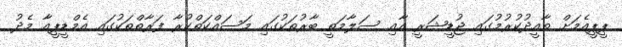
ޕީޕީއެމަށް ތާއީދުކުރުމުގައި ޖުޑީޝަރީ އާއި ސަލާމަތީ ބާރުތަކުގައި މަސައްކަތްކުރާ ފަރާތްތަކުގައި އެމްޑީޕީއާ މެދު